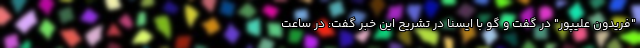
"فریدون علیپور" در گفت و گو با ایسنا در تشریح این خبر گفت: در ساعت